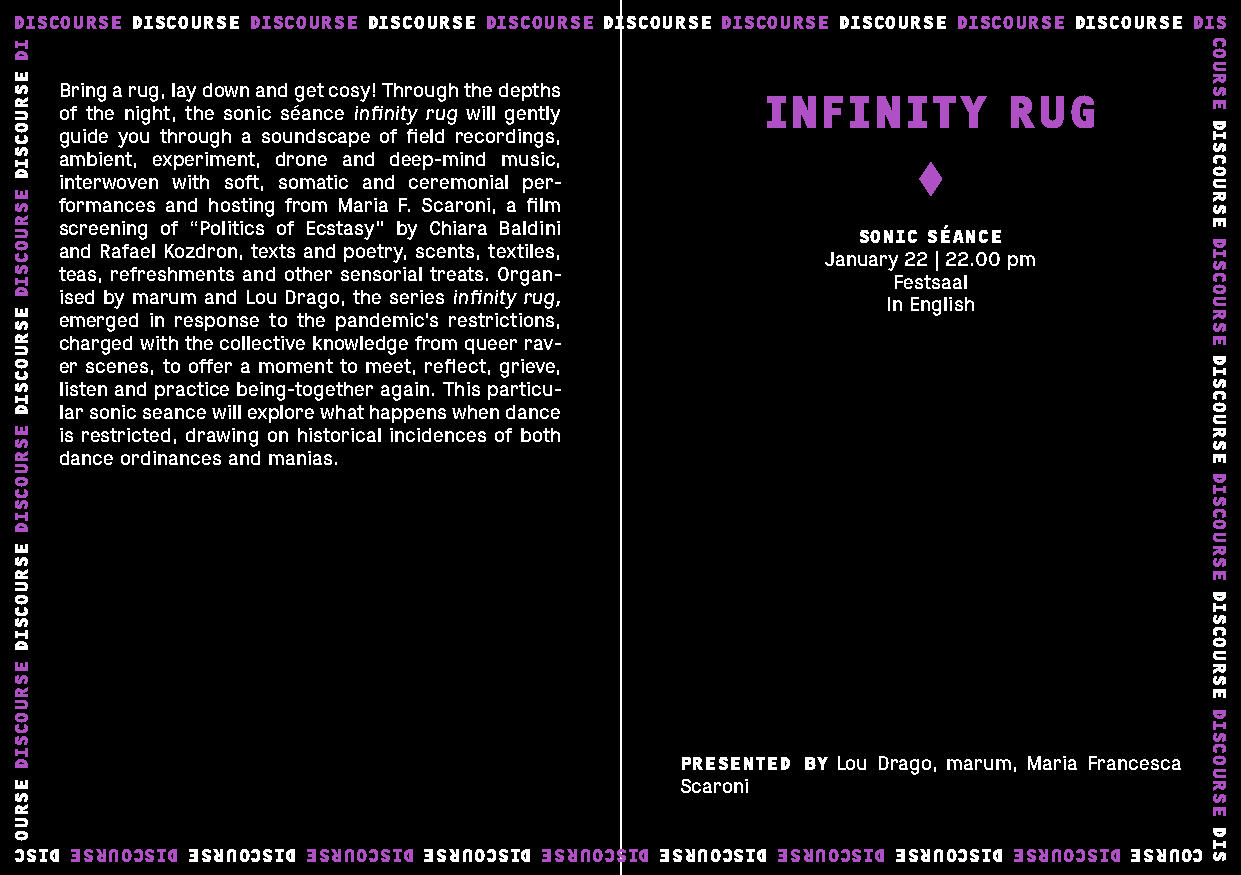
DISCOURSE DISCOURSE DISCOURSE DISCOURSE DISCOURSE DISCOURSE DISCOURSE DISCOURSE DISCOURSE DISCOURSE DIS
 Bring a rug, lay down and get cosy! Through the depths
 INFINITY         RUG
 of the night, the sonic séance infinity rug will gently
 guide you through a soundscape of field recordings,
 ambient, experiment, drone and deep-mind music,
 interwoven with soft, somatic and ceremonial per-
 formances and hosting from Maria F. Scaroni, a film
 screening of “Politics of Ecstasy” by Chiara Baldini SONIC SÉANCE
 and Rafael Kozdron, texts and poetry, scents, textiles,
 January 22 | 22.00 pm
 teas, refreshments and other sensorial treats. Organ-
 Festsaal
 ised by marum and Lou Drago, the series infinity rug,
 In English
 emerged in response to the pandemic’s restrictions,
 charged with the collective knowledge from queer rav-
 er scenes, to offer a moment to meet, reflect, grieve,
 listen and practice being-together again. This particu-
 lar sonic seance will explore what happens when dance
 is restricted, drawing on historical incidences of both
 dance ordinances and manias.
 PRESENTED BY Lou Drago, marum, Maria Francesca
 Scaroni
 CSID ESRUOCSID ESRUOCSID ESRUOCSID ESRUOCSID ESRUOCSID ESRUOCSID ESRUOCSID ESRUOCSID ESRUOCSID ESRUOC
 ID
 ESRUOCSID
 ESRUOCSID
 ESRUOCSID
 ESRUOCSID
 ESRUOCSID
 ESRUOCSID
 ESRUO
 COURSE
 DISCOURSE
 DISCOURSE
 DISCOURSE
 DISCOURSE
 DISCOURSE
 DISCOURSE
 DIS